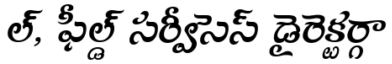
ల్, ఫీల్డ్ సర్వీసెస్ డైరెక్టర్గా